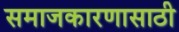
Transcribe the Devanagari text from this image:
समाजकारणासाठी